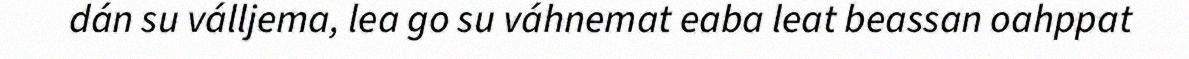
dán su válljema, lea go su váhnemat eaba leat beassan oahppat